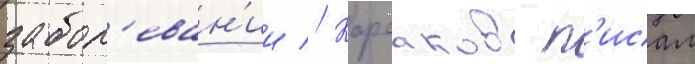
забол'еван'ии // Корсаков п'исал